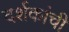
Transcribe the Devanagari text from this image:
दर्शकांची